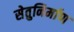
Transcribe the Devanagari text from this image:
सेतुनिर्माण